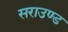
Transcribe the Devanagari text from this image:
सराउण्ड